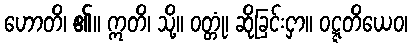
ဟောတိ၊ ၏။ ဣတိ၊ သို့။ ဝတ္တုံ၊ ဆိုခြင်းငှာ။ ဝဋ္ဋတိယေဝ၊